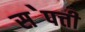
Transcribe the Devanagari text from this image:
स॓पत्ती